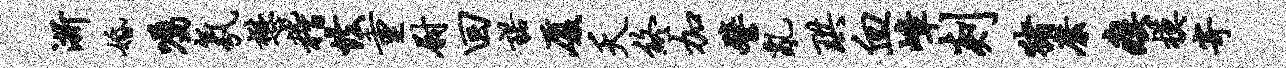
浙婚嘱氛懋稽怯重尉回诺厦夭终加譬乱珙血嶂剡猪縻瘼模寄